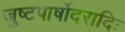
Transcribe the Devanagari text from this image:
जुष्टपार्षोदरादिः